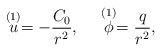
LaTeX: \begin{align*}\stackrel{(1)}{u} = -{C_0 \over r^2}, \ \ \ \ \stackrel{(1)}{\phi} = {q \over r^2},\end{align*}